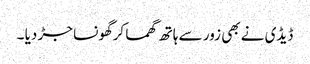
ڈیڈی نے بھی زور سے ہاتھ گھما کرگھونسا جڑ دیا ۔